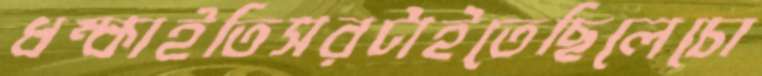
ধম্‌কাইতিসরটাইতেছিলেচো